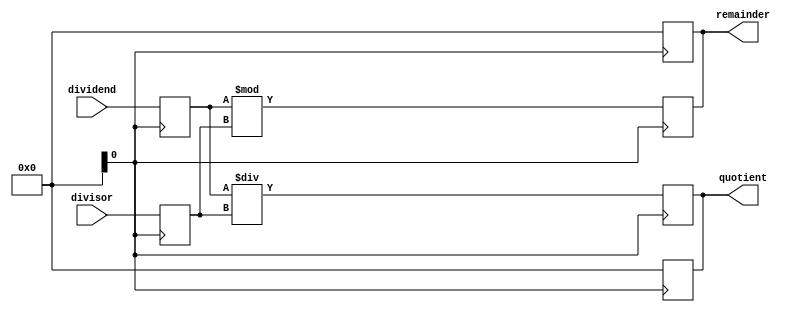
module Pipelined_Divider (
    input wire [15:0] dividend,
    input wire [15:0] divisor,
    output reg [15:0] quotient,
    output reg [15:0] remainder
);

reg [15:0] dividend_reg;
reg [15:0] divisor_reg;
reg [15:0] quotient_reg;
reg [15:0] remainder_reg;

// Initialize registers
always @ (posedge clk) begin
    dividend_reg <= dividend;
    divisor_reg <= divisor;
    quotient_reg <= 0;
    remainder_reg <= 0;
end

// Arithmetic blocks for division
always @ (posedge clk) begin
    // Perform division operation
    quotient_reg <= dividend_reg / divisor_reg;
    remainder_reg <= dividend_reg % divisor_reg;
end

// Output the results
always @* begin
    quotient <= quotient_reg;
    remainder <= remainder_reg;
end

endmodule